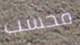
فحسب